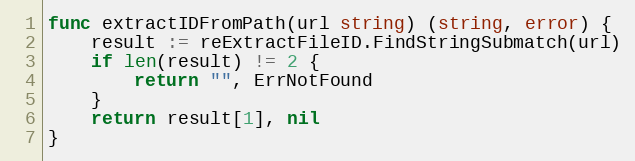
Language: Go
func extractIDFromPath(url string) (string, error) {
	result := reExtractFileID.FindStringSubmatch(url)
	if len(result) != 2 {
		return "", ErrNotFound
	}
	return result[1], nil
}